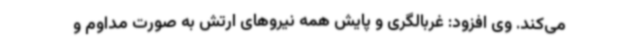
می‌کند. وی افزود: غربالگری و پایش همه نیروهای ارتش به صورت مداوم و